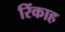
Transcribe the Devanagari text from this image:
रिंकाह